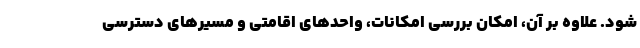
شود. علاوه بر آن، امکان بررسی امکانات، واحدهای اقامتی و مسیرهای دسترسی